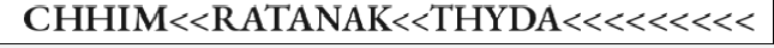
CHHIM<<RATANAK<<THYDA<<<<<<<<<